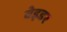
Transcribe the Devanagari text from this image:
वेइडर